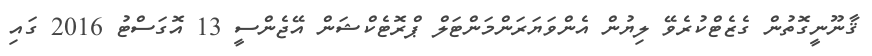
ޤާނޫނީގޮތުން ގެޒެޓްކުރެވޭ ލިޔުން އެންވަޔަރަންމަންޓަލް ޕްރޮޓެކްޝަން އޭޖެންސީ 13 އޮގަސްޓު 2016 ގައި